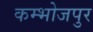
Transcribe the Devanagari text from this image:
कम्भोजपुर